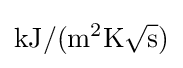
{\rm {kJ}}/({\rm {m^{2}K}}{\sqrt {\rm {s}}})